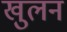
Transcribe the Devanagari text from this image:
खुलन